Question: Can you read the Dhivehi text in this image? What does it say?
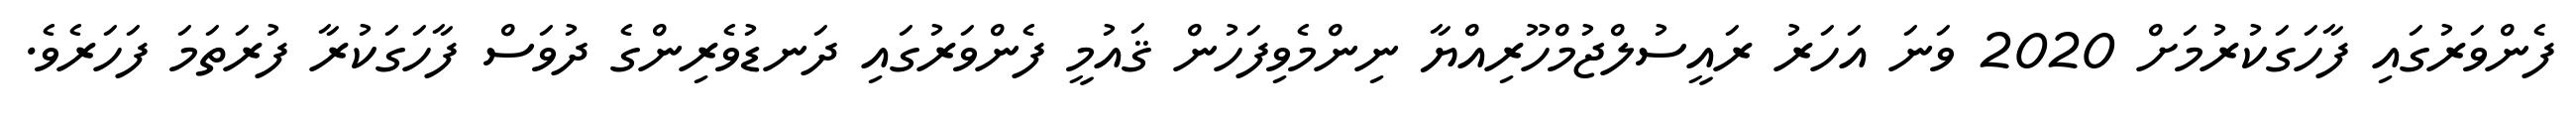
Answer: ފެންވަރުގައި ފާހަގަކުރުމަށް 2020 ވަނަ އަހަރު ރައީސުލްޖުމްހޫރިއްޔާ ނިންމެވިފަހުން ޤައުމީ ފެންވަރުގައި ދަނޑުވެރިންގެ ދުވަސް ފާހަގަކުރާ ފުރަތަމަ ފަހަރެވެ.